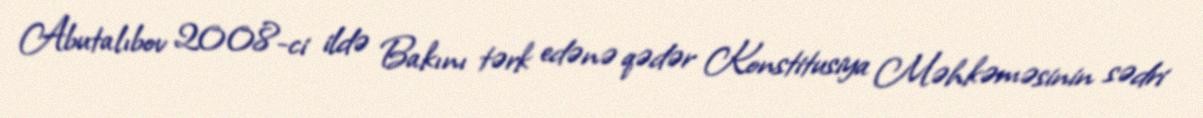
Abutalıbov 2008-ci ildə Bakını tərk edənə qədər Konstitusiya Məhkəməsinin sədri